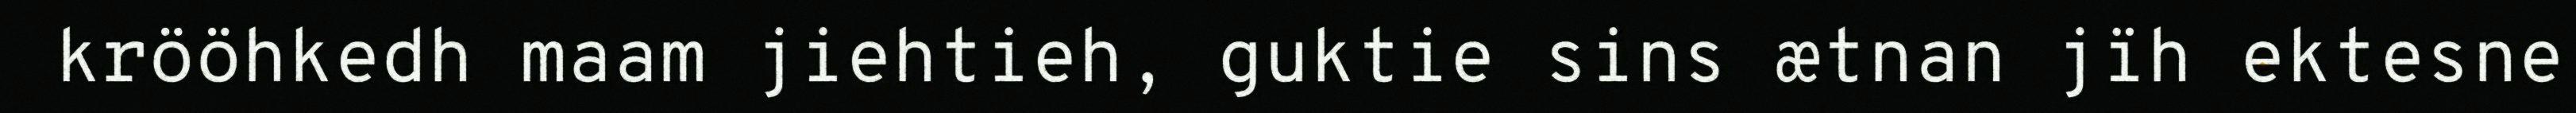
krööhkedh maam jiehtieh, guktie sins ætnan jïh ektesne